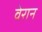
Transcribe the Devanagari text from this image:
वेरान